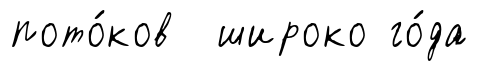
пото́ков широко го́да